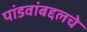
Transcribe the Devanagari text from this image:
पांडवांबद्दलचे